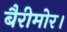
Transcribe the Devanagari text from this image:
बैरीमोर।